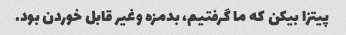
پیتزا بیکن که ما گرفتیم، بدمزه وغیر قابل خوردن بود.